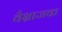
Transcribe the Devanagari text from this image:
वैभ्राजक